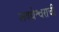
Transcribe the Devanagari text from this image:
लवथेश्वराची